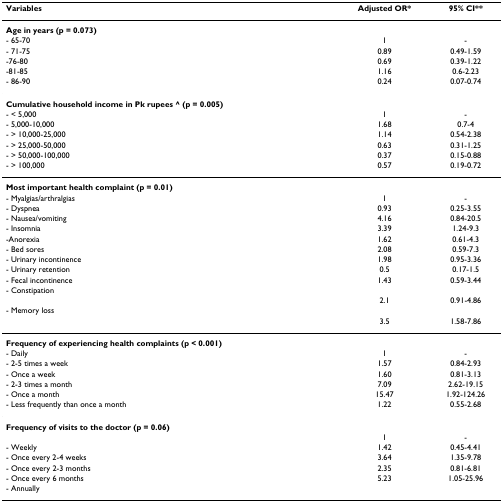
<table><thead><tr><td><b>Variables</b></td><td><b>Adjusted OR*</b></td><td><b>95% CI**</b></td></tr></thead><tbody><tr><td><b>Age in years (p = 0.073)</b></td><td></td><td></td></tr><tr><td>- 65-70</td><td>1</td><td>-</td></tr><tr><td>- 71-75</td><td>0.89</td><td>0.49-1.59</td></tr><tr><td>-76-80</td><td>0.69</td><td>0.39-1.22</td></tr><tr><td>-81-85</td><td>1.16</td><td>0.6-2.23</td></tr><tr><td>- 86-90</td><td>0.24</td><td>0.07-0.74</td></tr><tr><td><b>Cumulative household income in Pk rupees ^ (p = 0.005)</b></td><td></td><td></td></tr><tr><td>- &lt; 5,000</td><td>1</td><td>-</td></tr><tr><td>- 5,000-10,000</td><td>1.68</td><td>0.7-4</td></tr><tr><td>- &gt; 10,000-25,000</td><td>1.14</td><td>0.54-2.38</td></tr><tr><td>- &gt; 25,000-50,000</td><td>0.63</td><td>0.31-1.25</td></tr><tr><td>- &gt; 50,000-100,000</td><td>0.37</td><td>0.15-0.88</td></tr><tr><td>- &gt; 100,000</td><td>0.57</td><td>0.19-0.72</td></tr><tr><td><b>Most important health complaint (p = 0.01)</b></td><td></td><td></td></tr><tr><td>- Myalgias/arthralgias</td><td>1</td><td>-</td></tr><tr><td>- Dyspnea</td><td>0.93</td><td>0.25-3.55</td></tr><tr><td>- Nausea/vomiting</td><td>4.16</td><td>0.84-20.5</td></tr><tr><td>- Insomnia</td><td>3.39</td><td>1.24-9.3</td></tr><tr><td>-Anorexia</td><td>1.62</td><td>0.61-4.3</td></tr><tr><td>- Bed sores</td><td>2.08</td><td>0.59-7.3</td></tr><tr><td>- Urinary incontinence</td><td>1.98</td><td>0.95-3.36</td></tr><tr><td>- Urinary retention</td><td>0.5</td><td>0.17-1.5</td></tr><tr><td>- Fecal incontinence</td><td>1.43</td><td>0.59-3.44</td></tr><tr><td>- Constipation</td><td></td><td></td></tr><tr><td></td><td>2.1</td><td>0.91-4.86</td></tr><tr><td>- Memory loss</td><td></td><td></td></tr><tr><td></td><td>3.5</td><td>1.58-7.86</td></tr><tr><td><b>Frequency of experiencing health complaints (p &lt; 0.001)</b></td><td></td><td></td></tr><tr><td>- Daily</td><td>1</td><td>-</td></tr><tr><td>- 2-5 times a week</td><td>1.57</td><td>0.84-2.93</td></tr><tr><td>- Once a week</td><td>1.60</td><td>0.81-3.13</td></tr><tr><td>- 2-3 times a month</td><td>7.09</td><td>2.62-19.15</td></tr><tr><td>- Once a month</td><td>15.47</td><td>1.92-124.26</td></tr><tr><td>- Less frequently than once a month</td><td>1.22</td><td>0.55-2.68</td></tr><tr><td><b>Frequency of visits to the doctor (p = 0.06)</b></td><td></td><td></td></tr><tr><td></td><td>1</td><td>-</td></tr><tr><td>- Weekly</td><td>1.42</td><td>0.45-4.41</td></tr><tr><td>- Once every 2-4 weeks</td><td>3.64</td><td>1.35-9.78</td></tr><tr><td>- Once every 2-3 months</td><td>2.35</td><td>0.81-6.81</td></tr><tr><td>- Once every 6 months</td><td>5.23</td><td>1.05-25.96</td></tr><tr><td>- Annually</td><td></td><td></td></tr></tbody></table>